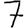
Digit: 7